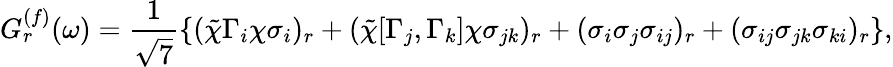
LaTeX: G_{r}^{(f)}(\omega)=\frac{1}{\sqrt{7}}\{ (\tilde{\chi}\Gamma_{i}\chi\sigma_{i})_{r}+(\tilde{\chi}[\Gamma_{j},\Gamma_{k}]\chi\sigma_{jk})_{r}+(\sigma_{i}\sigma_{j}\sigma_{ij})_{r}+(\sigma_{ij}\sigma_{jk}\sigma_{ki})_{r}\} ,